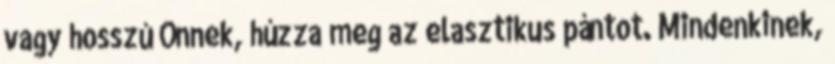
vagy hosszú Önnek, húzza meg az elasztikus pántot. Mindenkinek,